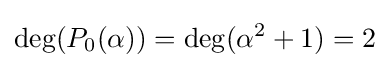
\deg(P_{0}(\alpha ))=\deg(\alpha ^{2}+1)=2